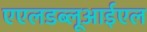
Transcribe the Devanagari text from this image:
एएलडब्लूआईएल